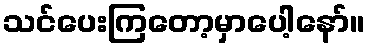
သင်ပေးကြတော့မှာပေါ့နော်။